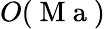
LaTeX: O(\mathrm{~M~a~})